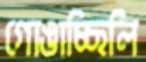
গোঙাচ্ছিলি